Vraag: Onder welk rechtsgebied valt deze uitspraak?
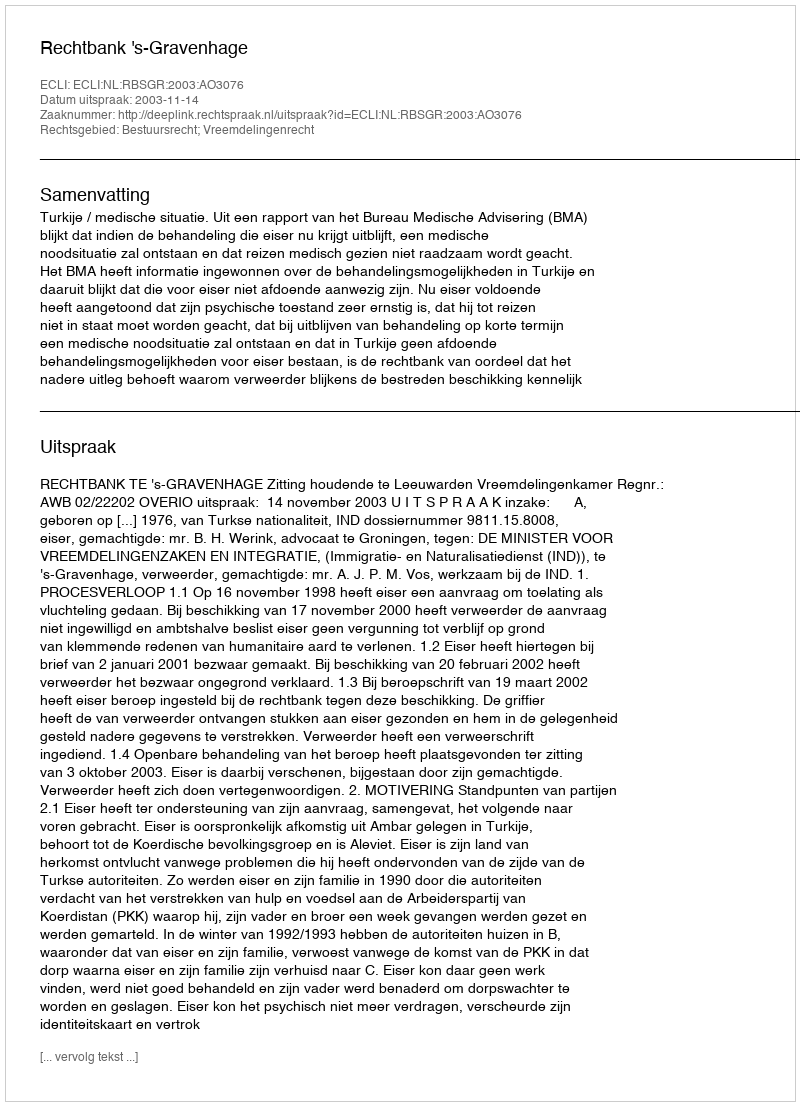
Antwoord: Bestuursrecht; Vreemdelingenrecht